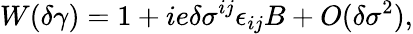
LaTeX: W(\delta\gamma)=1+ie\delta\sigma^{ij}\epsilon_{ij}B+O(\delta\sigma^{2}),